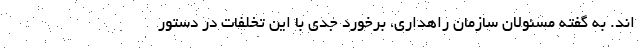
اند. به گفته مسئولان سازمان راهداری، برخورد جدی با این تخلفات در دستور